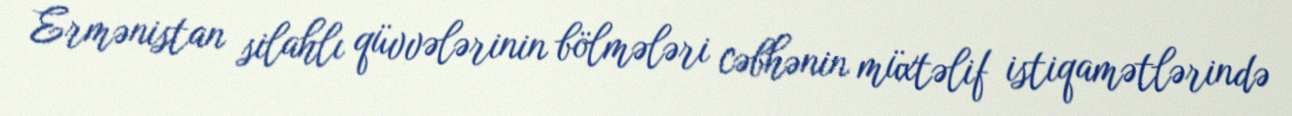
Ermənistan silahlı qüvvələrinin bölmələri cəbhənin müxtəlif istiqamətlərində